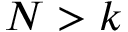
N > k